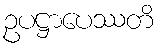
ဥပဋ္ဌာပေဿတိ